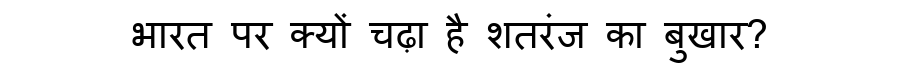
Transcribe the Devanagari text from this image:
भारत पर क्यों चढ़ा है शतरंज का बुखार?